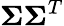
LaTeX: \boldsymbol{\Sigma}\boldsymbol{\Sigma}^{T}